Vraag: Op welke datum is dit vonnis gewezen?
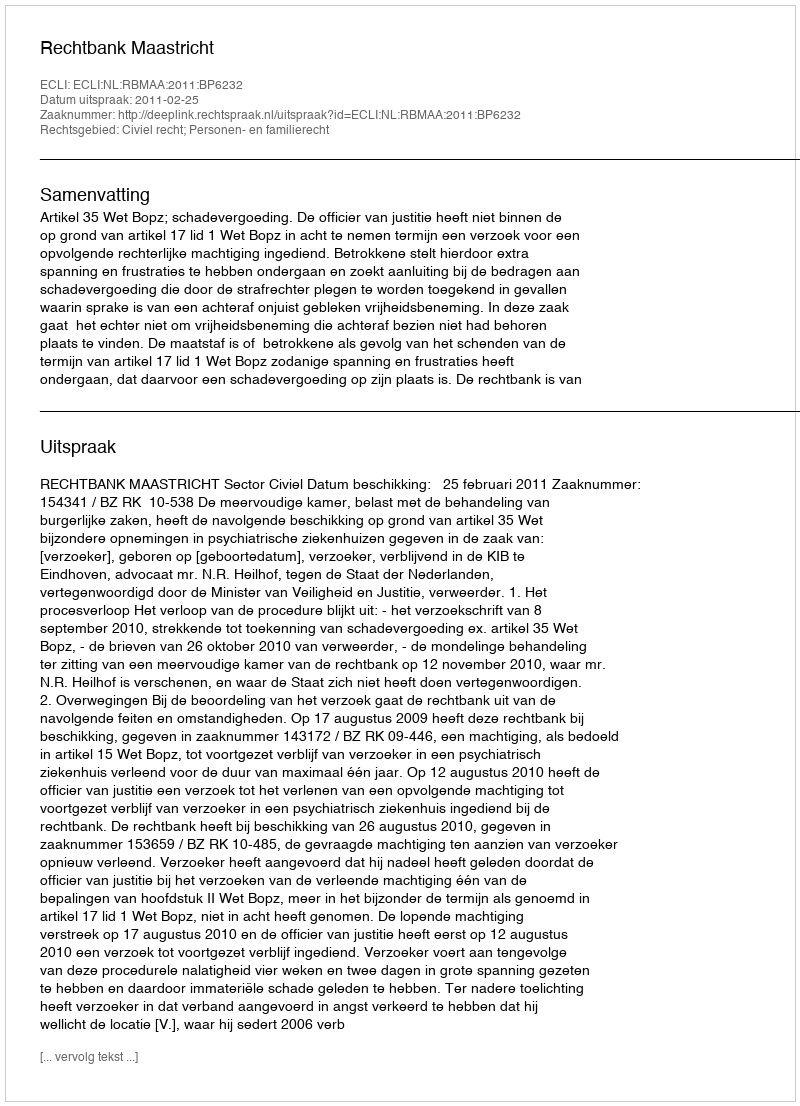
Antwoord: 2011-02-25